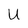
Character: U